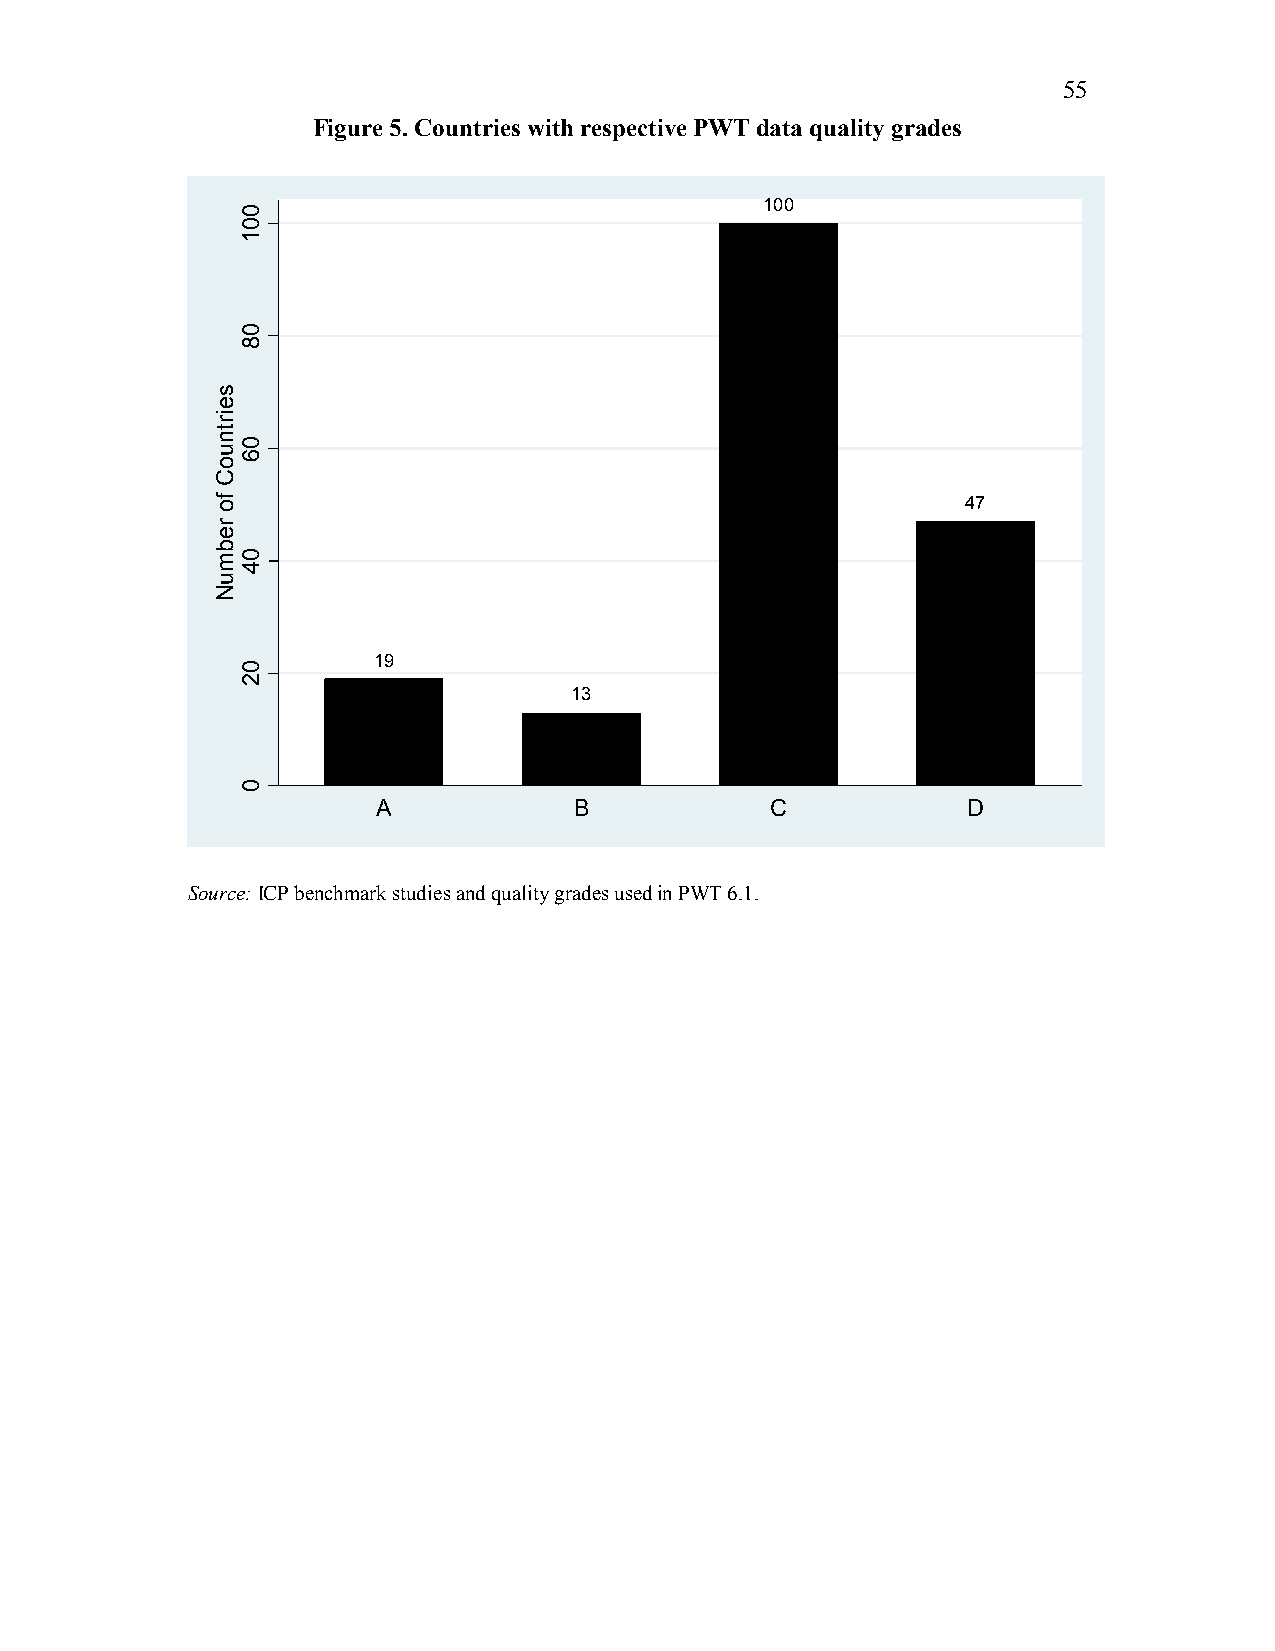
55
 Figure 5. Countries with respective PWT data quality grades
 100
 47
 19
 13
 A            B            C            D
 Source: ICP benchmark studies and quality grades used in PWT 6.1.
 seirtnuoC
 fo
 rebmuN
 001
 08
 06
 04
 02
 0